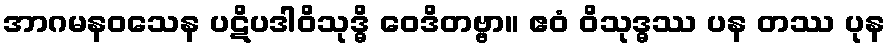
အာဂမနဝသေန ပဋိပဒါဝိသုဒ္ဓိ ဝေဒိတဗ္ဗာ။ ဧဝံ ဝိသုဒ္ဓဿ ပန တဿ ပုန